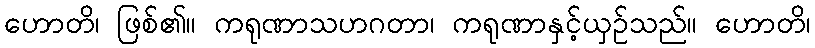
ဟောတိ၊ ဖြစ်၏။ ကရုဏာသဟဂတာ၊ ကရုဏာနှင့်ယှဉ်သည်။ ဟောတိ၊